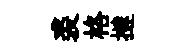
裘格撻